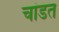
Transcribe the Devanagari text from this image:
चांडत